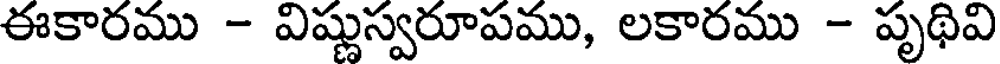
ఈకారము - విష్ణుస్వరూపము, లకారము - పృథివి